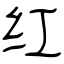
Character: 红